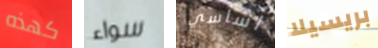
كهذه سواء اساسي بريسيلا